65_HS1-834228961_62-HQ-83894_Serial_130
Agency: FBI
Page 27
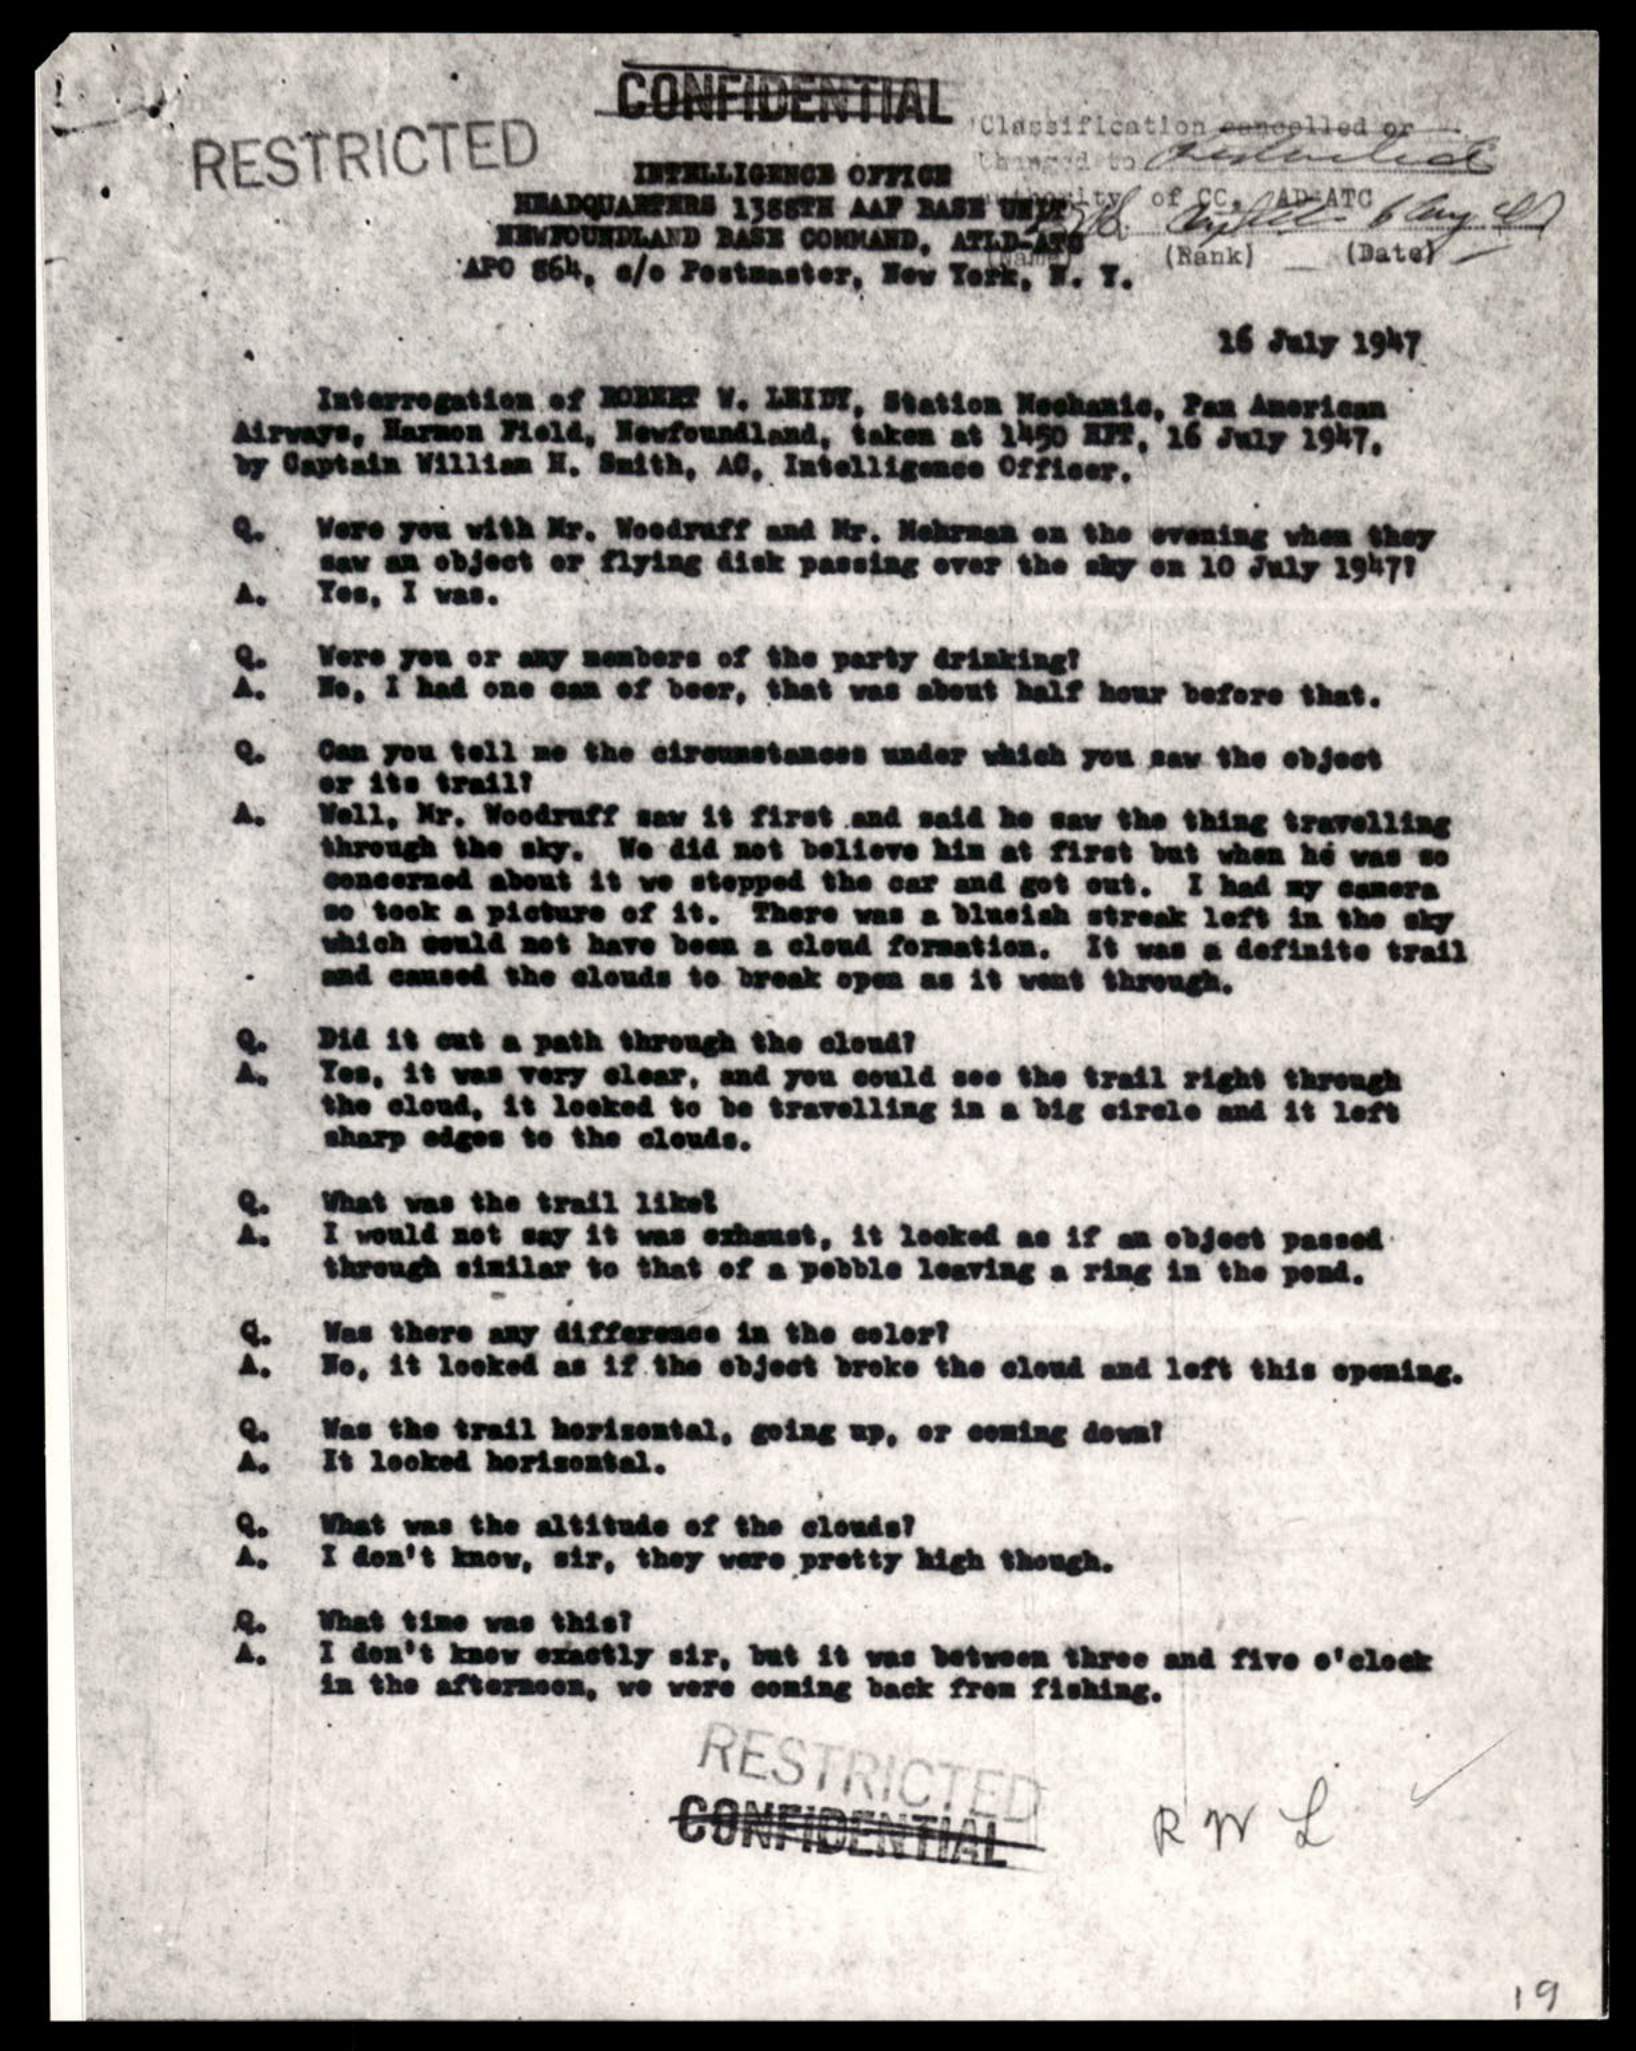